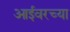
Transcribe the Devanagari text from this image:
आईवरच्या